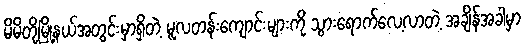
မိမိတို့မြို့နယ်အတွင်းမှာရှိတဲ့ မူလတန်းကျောင်းများကို သွားရောက်လေ့လာတဲ့ အချိန်အခါမှာ